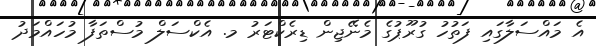
އެ މައްސަލާގައި ފަތުހު ގުރޫޕުގެ މެނޭޖިން ޑިރެކްޓަރު މ. އެކްސަލް މުސްތަފާ މުހައްމަދު